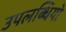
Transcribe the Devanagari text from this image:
उपलब्धियो